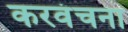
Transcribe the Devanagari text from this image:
करवंचना